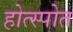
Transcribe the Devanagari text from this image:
होत्स्पोत